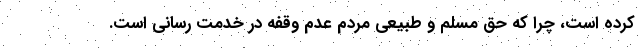
کرده است، چرا که حق مسلم و طبیعی مردم عدم وقفه در خدمت رسانی است.